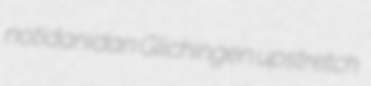
notidanidan Glichingen upstretch